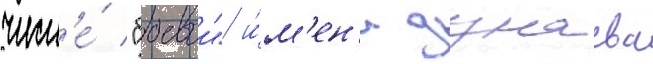
числ'е́ "боевои" и́м'ен'и дунаева